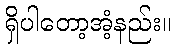
ရှိပါတော့အံ့နည်း။